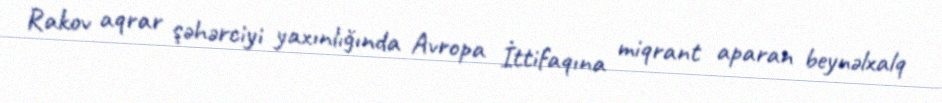
Rakov aqrar şəhərciyi yaxınlığında Avropa İttifaqına miqrant aparan beynəlxalq